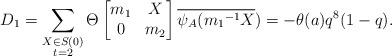
LaTeX: \begin{align*} D_1=\displaystyle \sum_{\substack{X\in S(0) \\ t=2 }}\Theta \begin{bmatrix} m_1 & X\\0 & m_2\end{bmatrix}\overline{\psi_A({m_1}^{-1}X})=-\theta(a)q^8(1-q). \end{align*}